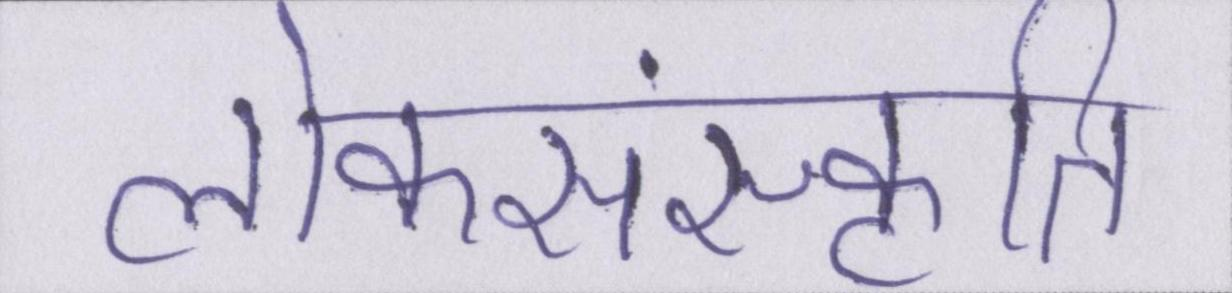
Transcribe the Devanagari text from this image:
लोकसंस्कृति